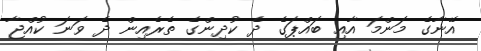
އޭނާގެ މަންމަ އާއި ބައްޕަގެ ދެ ކުދިންގެ ތެރެއިން ދެ ވަނަ ކުއްޖާ